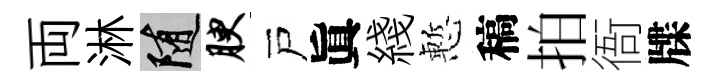
両淋隨腴戸眞綫慙稿拍衙牒